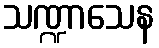
သဏ္ဍာသေန